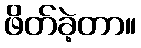
ဖိတ်ခဲ့တာ။